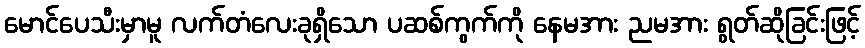
မောင်ပေသီးမှာမူ လက်တံလေးခုရှိသော ပဆစ်ကွက်ကို နေမအား ညမအား ရွတ်ဆိုခြင်းဖြင့်